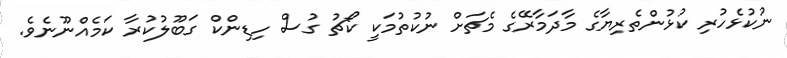
ނުކުޅެހުރި ކުޅުންތެރިޔާގެ މާދަމާރޭގެ މެޗަށް ނުކުތުމަކީ ކޯޗު ގުސް ހިޑިންކް ގަބޫލުކުރާ ކަމެއްނޫނެވެ.